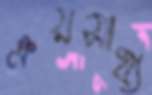
ক্রয়সাধ্য